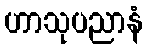
ဟာသုပညာနံ